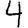
Digit: 4